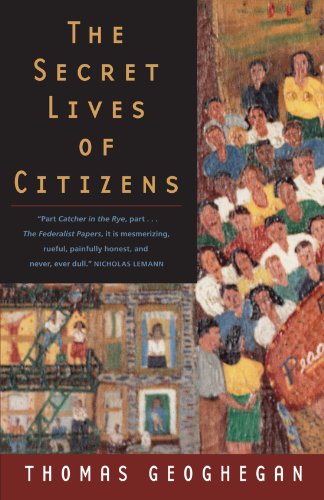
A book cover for The Secret Lives of Citizens: Pursuing the Promise of American Life; Thomas Geoghegan; Law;